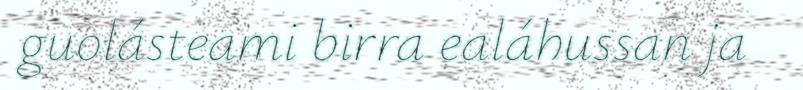
guolásteami birra ealáhussan ja